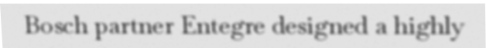
Bosch partner Entegre designed a highly